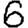
Digit: 6